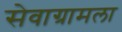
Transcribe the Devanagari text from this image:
सेवाग्रामला